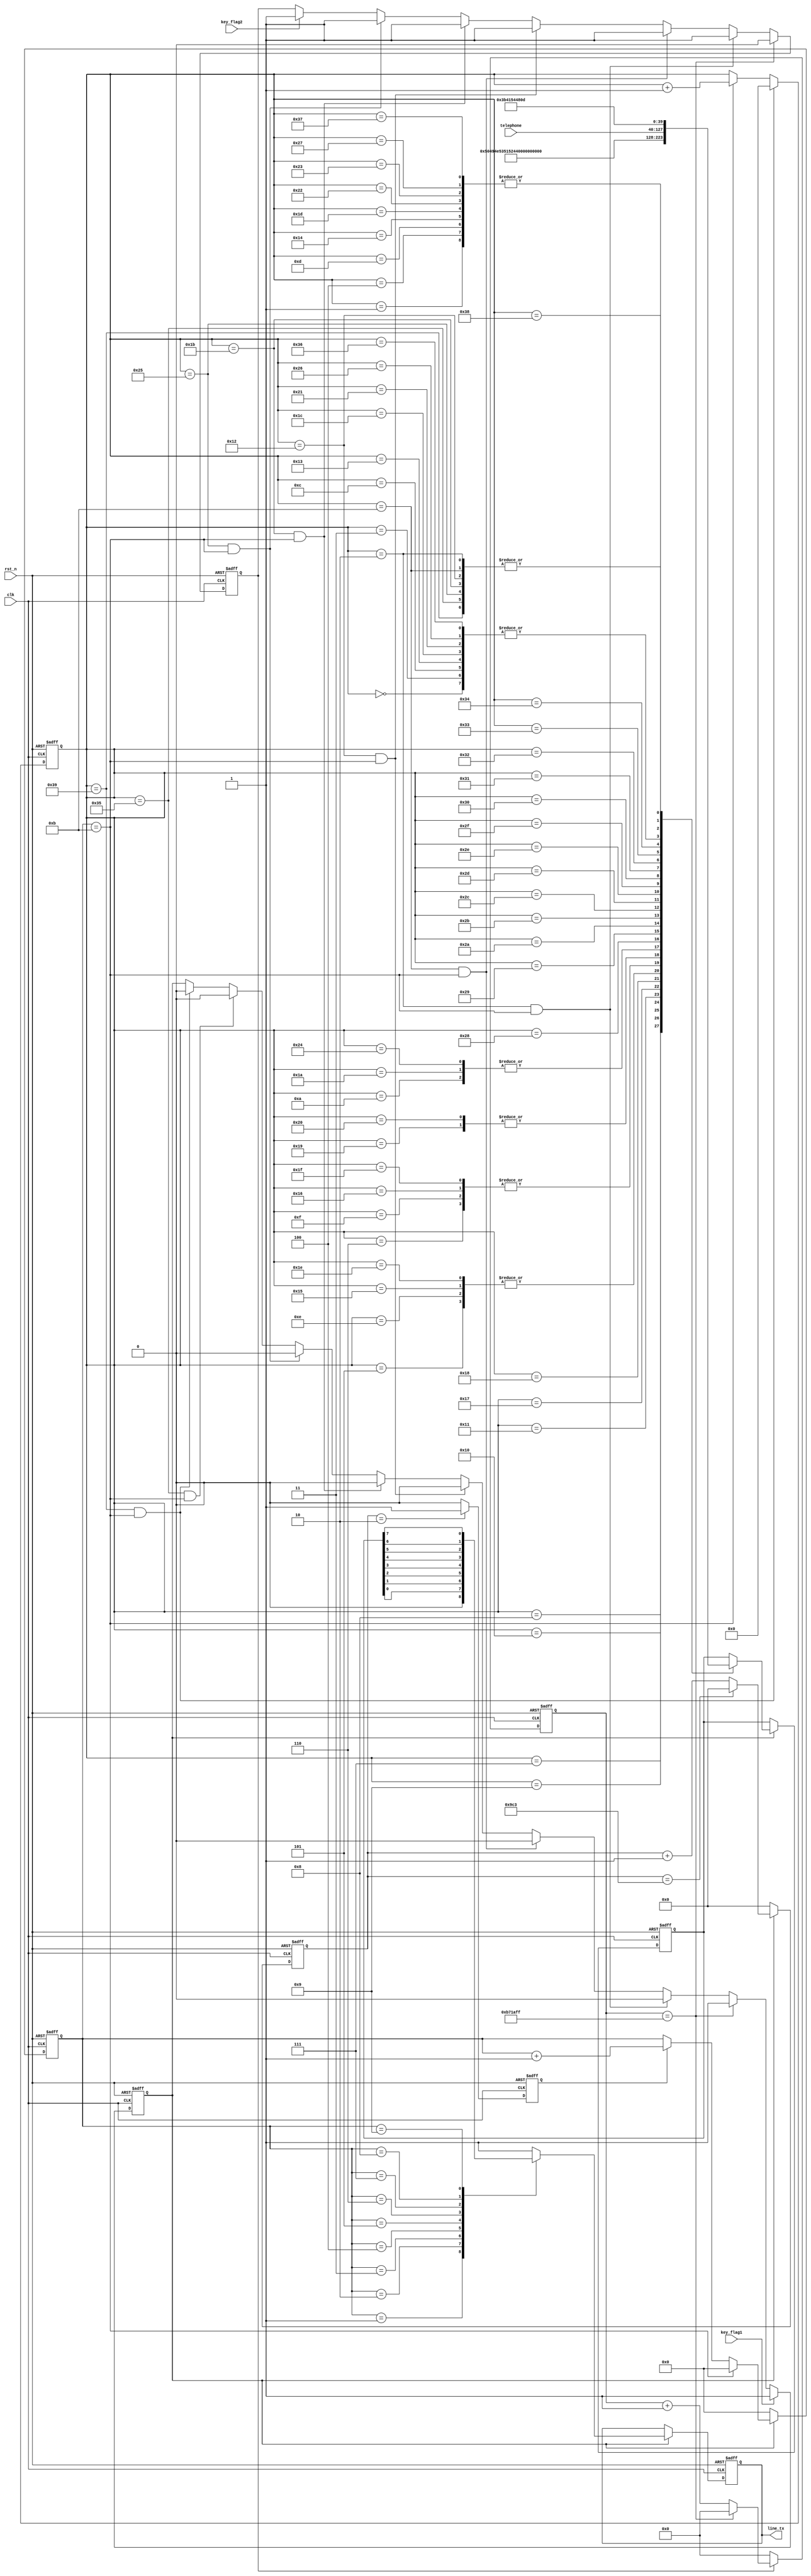
module gsm_te( clk,
	  rst_n,
	  key_flag1,
	  key_flag2,
	  telephone,
	  line_tx
    );
     input clk;
	 input rst_n;
	 input key_flag1;
	 input key_flag2;
	 input [87:0]telephone;
	 output reg line_tx;
	 
	 
parameter tx_start = 0,tx_stop = 1;
parameter delay_cnt = 12000000;
//parameter telephone = "18237299475";
//parameter data_tx = "A"; 
reg [7:0]data_tx;
reg [12:0] cnt;  //
reg clk_tx;      //
reg [3:0] cnt_tx;
reg en ;
reg [5:0]stop;

reg [24:0]cnt_20ms; //
reg en_cnt_20ms;

always @(posedge clk or negedge rst_n)
    if(!rst_n)
	    en_cnt_20ms <= 0;
	else if(cnt_20ms == delay_cnt - 1'b1)
	    en_cnt_20ms <= 0;
	else if(stop == 2 && cnt_tx == 11)//
	    en_cnt_20ms <= 1;
	else if(stop == 11 && cnt_tx == 11)//
	    en_cnt_20ms <= 1;
	else if(stop == 18 && cnt_tx == 11)//
	    en_cnt_20ms <= 1;
	else if(stop == 27 && cnt_tx == 11)//
	    en_cnt_20ms <= 1;
	else if(stop == 37 && cnt_tx == 11)//
	    en_cnt_20ms <= 1;
	else if(key_flag2)
	    en_cnt_20ms <= 1;
	else 
	    en_cnt_20ms <= en_cnt_20ms;
		
always @(posedge clk or negedge rst_n)
    if(!rst_n)
	    cnt_20ms <= 0;
	else if(en_cnt_20ms)
	    if(cnt_20ms == delay_cnt - 1'b1)
		    cnt_20ms <= 0;
		else 
		    cnt_20ms <= cnt_20ms + 1'b1;
	else 
	    cnt_20ms <= 0;

always @(posedge clk or negedge rst_n)
    if(!rst_n)
	    stop <= 0;
	else if(stop == 57 && cnt_tx == 11)
	    stop <= 0;
	else if(cnt_tx == 11)
	    stop <= stop + 1'b1;
	else 
	    stop <= stop;
		
always @(posedge clk or negedge rst_n)
    if(!rst_n)
	     data_tx <= "1";
	else if(en)
	     case(stop)
	     'd0:data_tx <= "A";	 
	     'd1:data_tx <= "T";
		 'd2:data_tx <= 8'b0000_1101;//
		 'd3:data_tx <= "A";	 
	     'd4:data_tx <= "T";
		 'd5:data_tx <= "+";
		 'd6:data_tx <= "C";	 
	     'd7:data_tx <= "P";
		 'd8:data_tx <= "I";
		 'd9:data_tx <= "N";
		 'd10:data_tx <= "?";
		 'd11:data_tx <= 8'b0000_1101;//
		 'd12:data_tx <= "A";	 
	     'd13:data_tx <= "T";
		 'd14:data_tx <= "+";
		 'd15:data_tx <= "C";	 
	     'd16:data_tx <= "S";
		 'd17:data_tx <= "Q";
		 'd18:data_tx <= 8'b0000_1101;//
		 'd19:data_tx <= "A";	 
	     'd20:data_tx <= "T";
		 'd21:data_tx <= "+";
		 'd22:data_tx <= "C";	 
	     'd23:data_tx <= "R";
		 'd24:data_tx <= "E";
		 'd25:data_tx <= "G";
		 'd26:data_tx <= "?";
		 'd27:data_tx <= 8'b0000_1101;//
		 'd28:data_tx <= "A";	 
	     'd29:data_tx <= "T";
		 'd30:data_tx <= "+";
		 'd31:data_tx <= "C";	 
	     'd32:data_tx <= "G";
		 'd33:data_tx <= "A";
		 'd34:data_tx <= "T";
		 'd35:data_tx <= "T";
		 'd36:data_tx <= "?";
		 'd37:data_tx <= 8'b0000_1101;//
		 'd38:data_tx <= "A";
		 'd39:data_tx <= "T";
		 'd40:data_tx <= "D";
		 'd41:data_tx <= telephone[87:80];
		 'd42:data_tx <= telephone[79:72];
		 'd43:data_tx <= telephone[71:64];
		 'd44:data_tx <= telephone[63:56];
		 'd45:data_tx <= telephone[55:48];
		 'd46:data_tx <= telephone[47:40];
		 'd47:data_tx <= telephone[39:32];
		 'd48:data_tx <= telephone[31:24];
		 'd49:data_tx <= telephone[23:16];
		 'd50:data_tx <= telephone[15:8];
		 'd51:data_tx <= telephone[7:0];
		 'd52:data_tx <= ";";
		 'd53:data_tx <= 8'b0000_1101;//
		 'd54:data_tx <= "A";
		 'd55:data_tx <= "T";
		 'd56:data_tx <= "H";
		 'd57:data_tx <= 8'b0000_1101;//
	     endcase		
		
always @(posedge clk or negedge rst_n)
begin
    if(!rst_n)
	    en <= 0;
	else if(key_flag1)
	    en <= 1;
	else if(cnt_20ms == delay_cnt - 1'b1)
	    en <= 1;
	else if(stop == 2 && cnt_tx == 11)//
	    en <= 0;
	else if(stop == 11 && cnt_tx == 11)//
	    en <= 0;
	else if(stop == 18 && cnt_tx == 11)//
	    en <= 0;
	else if(stop == 27 && cnt_tx == 11)//
	    en <= 0;
	else if(stop == 37 && cnt_tx == 11)//
	    en <= 0;
	else if(stop == 53 && cnt_tx == 11)//
	    en <= 0;
	else if(stop == 57 && cnt_tx == 11)//
	    en <= 0;
	else 
	    en <= en;
end

// 


always @(posedge clk or negedge rst_n)
begin
    if(!rst_n)
	     cnt <= 0;
	 else if(en)
	 begin
	     if(cnt == 2499)
	         cnt <= 0;
	     else 
	         cnt <= cnt + 1'b1;
	 end
	 else 
	     cnt <= 0;
end
//

always @(posedge clk or negedge rst_n)
begin
    if(!rst_n)
	     clk_tx <= 0;
	 else if(cnt == 2)
	     clk_tx <= 1;
	 else 
	     clk_tx <= 0;
end
//

always @(posedge clk or negedge rst_n)
begin
    if(!rst_n)
	     cnt_tx <= 0;
	 else if(en)
	 begin
	     if(cnt_tx == 11)
	         cnt_tx <= 0;
	     else if(clk_tx)
	         cnt_tx <= cnt_tx + 1'b1;
	 end
	 else 
	     cnt_tx <= 0;
end

//
always @(posedge clk or negedge rst_n)
begin
    if(!rst_n)
        line_tx <= 1;
	 else if(en)
	 case(cnt_tx)
	 'd0:line_tx <= 1;
	 'd1:line_tx <= tx_start;
	 'd2:line_tx <= data_tx[0];
	 'd3:line_tx <= data_tx[1];
	 'd4:line_tx <= data_tx[2];
	 'd5:line_tx <= data_tx[3];
	 'd6:line_tx <= data_tx[4];
	 'd7:line_tx <= data_tx[5];
	 'd8:line_tx <= data_tx[6];
	 'd9:line_tx <= data_tx[7];
	 'd10:line_tx <= tx_stop;
	 default:line_tx <= 1;
	 endcase
end


endmodule